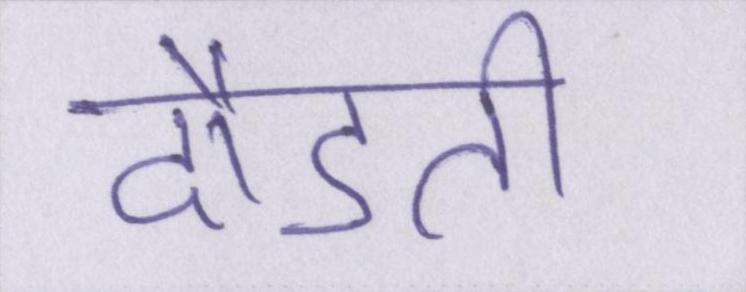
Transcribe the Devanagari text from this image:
दौडती